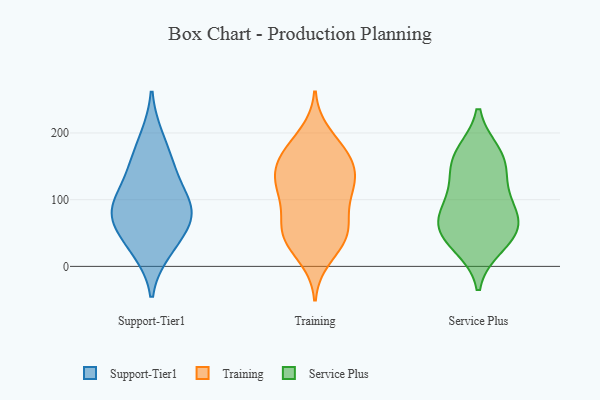
{"axis": {"x": "Page Views", "y": "Value"}, "legend": ["Service Plus", "Support-Tier1", "Training"], "data": [{"x": "", "y": 145, "type": "Support-Tier1"}, {"x": "", "y": 147, "type": "Support-Tier1"}, {"x": "", "y": 67, "type": "Support-Tier1"}, {"x": "", "y": 192, "type": "Support-Tier1"}, {"x": "", "y": 84, "type": "Support-Tier1"}, {"x": "", "y": 78, "type": "Support-Tier1"}, {"x": "", "y": 36, "type": "Support-Tier1"}, {"x": "", "y": 24, "type": "Support-Tier1"}, {"x": "", "y": 86, "type": "Support-Tier1"}, {"x": "", "y": 101, "type": "Support-Tier1"}, {"x": "", "y": 69, "type": "Training"}, {"x": "", "y": 126, "type": "Training"}, {"x": "", "y": 163, "type": "Training"}, {"x": "", "y": 154, "type": "Training"}, {"x": "", "y": 76, "type": "Training"}, {"x": "", "y": 139, "type": "Training"}, {"x": "", "y": 43, "type": "Training"}, {"x": "", "y": 117, "type": "Training"}, {"x": "", "y": 118, "type": "Training"}, {"x": "", "y": 180, "type": "Training"}, {"x": "", "y": 40, "type": "Training"}, {"x": "", "y": 198, "type": "Training"}, {"x": "", "y": 59, "type": "Training"}, {"x": "", "y": 13, "type": "Training"}, {"x": "", "y": 114, "type": "Training"}, {"x": "", "y": 159, "type": "Training"}, {"x": "", "y": 115, "type": "Training"}, {"x": "", "y": 52, "type": "Training"}, {"x": "", "y": 35, "type": "Training"}, {"x": "", "y": 168, "type": "Training"}, {"x": "", "y": 83, "type": "Service Plus"}, {"x": "", "y": 56, "type": "Service Plus"}, {"x": "", "y": 32, "type": "Service Plus"}, {"x": "", "y": 85, "type": "Service Plus"}, {"x": "", "y": 168, "type": "Service Plus"}, {"x": "", "y": 59, "type": "Service Plus"}, {"x": "", "y": 46, "type": "Service Plus"}, {"x": "", "y": 162, "type": "Service Plus"}, {"x": "", "y": 151, "type": "Service Plus"}, {"x": "", "y": 117, "type": "Service Plus"}]}